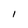
Character: 1